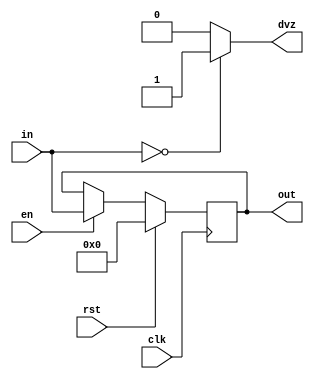
module RegisterB10bit(in, en, rst, clk, out, dvz);
    parameter N = 10;

    input [N-1:0] in;
    input  en, clk, rst;

    output reg [N-1:0] out;
    output  dvz;


    assign dvz = (in == 0) ? 1'b1 : 1'b0 ;

    always @(posedge clk ) begin
        if (rst)
            out <= 10'b0000000000;
  
        else if (en)
            out <= in;
    end

endmodule